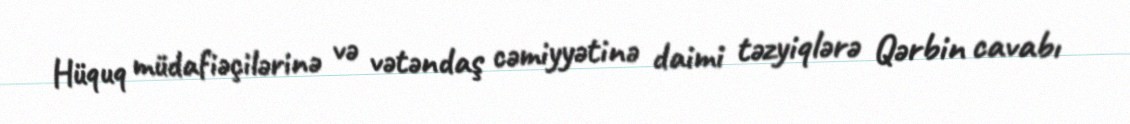
Hüquq müdafiəçilərinə və vətəndaş cəmiyyətinə daimi təzyiqlərə Qərbin cavabı